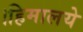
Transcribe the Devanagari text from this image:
।हिमालये